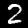
Digit: 2